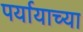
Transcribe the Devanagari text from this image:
पर्यायाच्या